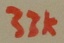
Text: 33K